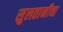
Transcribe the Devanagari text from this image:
सुलतानीचा